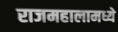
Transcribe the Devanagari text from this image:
राजमहालामध्ये